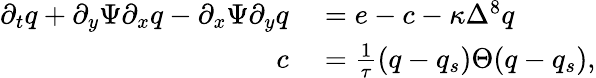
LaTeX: \begin{array}{rl}{\partial_{t}q+\partial_{y}\Psi\partial_{x}q-\partial_{x}\Psi\partial_{y}q}&{{}=e-c-\kappa\Delta^{8}q}\\ {c}&{{}=\frac{1}{\tau}(q-q_{s})\Theta(q-q_{s}),}\end{array}